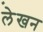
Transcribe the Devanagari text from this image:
ले़खन